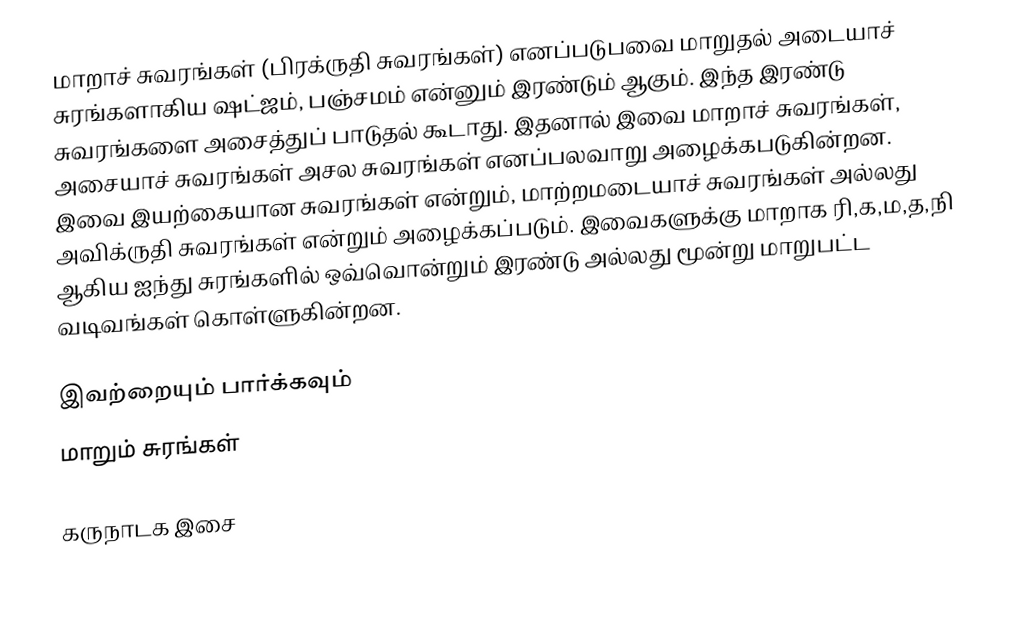
மாறாச் சுவரங்கள் (பிரக்ருதி சுவரங்கள்) எனப்படுபவை மாறுதல் அடையாச்  சுரங்களாகிய ஷட்ஜம், பஞ்சமம் என்னும் இரண்டும் ஆகும். இந்த இரண்டு சுவரங்களை அசைத்துப் பாடுதல் கூடாது. இதனால் இவை மாறாச் சுவரங்கள், அசையாச் சுவரங்கள் அசல சுவரங்கள் எனப்பலவாறு அழைக்கபடுகின்றன. இவை இயற்கையான சுவரங்கள் என்றும், மாற்றமடையாச் சுவரங்கள் அல்லது அவிக்ருதி சுவரங்கள் என்றும் அழைக்கப்படும். இவைகளுக்கு மாறாக ரி,க,ம,த,நி ஆகிய ஐந்து சுரங்களில் ஒவ்வொன்றும் இரண்டு அல்லது மூன்று மாறுபட்ட வடிவங்கள் கொள்ளுகின்றன.

இவற்றையும் பார்க்கவும்
 மாறும் சுரங்கள்

 கருநாடக இசை